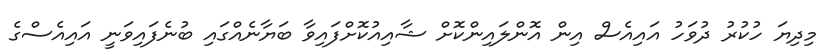
މިދިޔަ ހުކުރު ދުވަހު އައިއެސް އިން އޮންލައިންކޮށް ޝާއިއުކޮށްފައިވާ ބަޔާނެއްގައި ބުނެފައިވަނީ އައިއެސްގެ